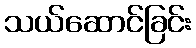
သယ်ဆောင်ခြင်း